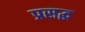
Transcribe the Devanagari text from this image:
प्रसद्ध